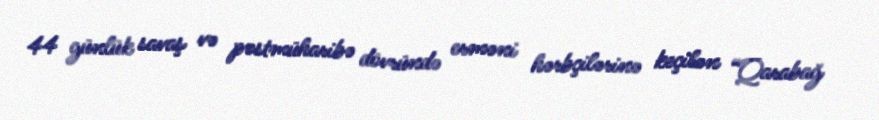
44 günlük savaş və postmüharibə dövründə erməni hərbçilərinə keçilən “Qarabağ